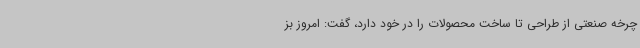
چرخه صنعتی از طراحی تا ساخت محصولات را در خود دارد، گفت: امروز بز